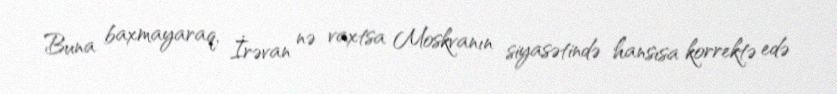
Buna baxmayaraq, İrəvan nə vaxtsa Moskvanın siyasətində hansısa korrektə edə